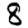
Digit: 8